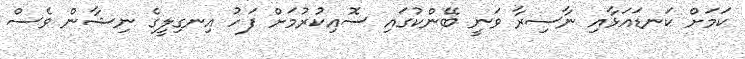
ކަމަށް ކަނޑައަޅާއި ނާސިރާ ވަނީ ބޭންކުގައި ސޮއިކުރުމަށް ފަހު އިނގިލީގެ ނިޝާން ވެސް